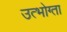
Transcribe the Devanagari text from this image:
उत्भोग्ता